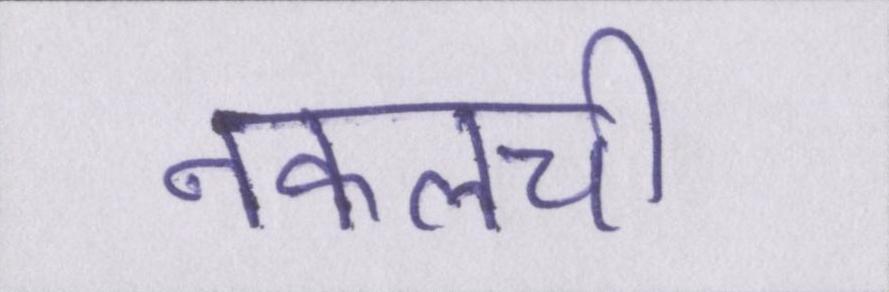
नकलची